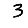
Digit: 3